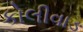
કોલીવાઙ